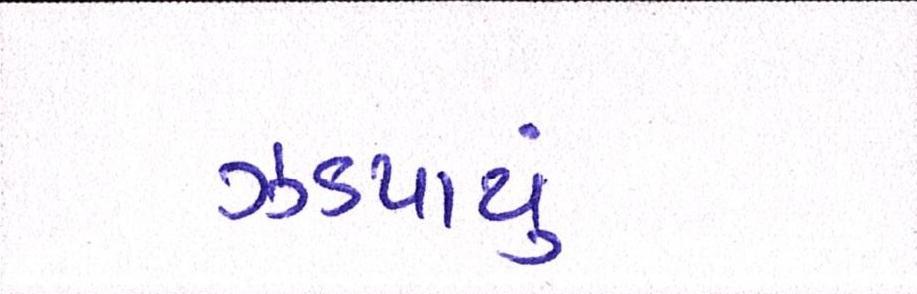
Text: ઝડપાયું